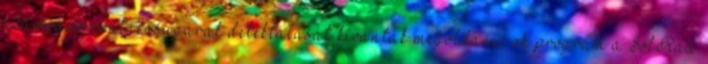
származó röntgensugarak detektálását kívánták megoldani. A program a SolRad